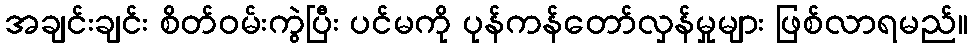
အချင်းချင်း စိတ်ဝမ်းကွဲပြီး ပင်မကို ပုန်ကန်တော်လှန်မှုများ ဖြစ်လာရမည်။